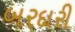
બરદારી